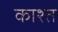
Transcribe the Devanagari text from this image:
काश्‍त